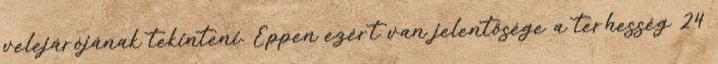
velejárójának tekinteni. Éppen ezért van jelentősége a terhesség 24